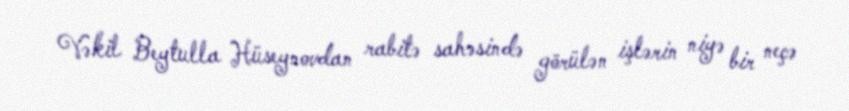
Vəkil Beytulla Hüseynovdan rabitə sahəsində görülən işlərin niyə bir neçə